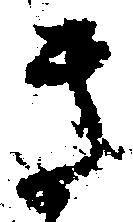
き